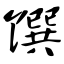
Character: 馔